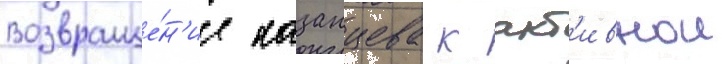
Возвраще́н'ие казанцева к акт'ивнои